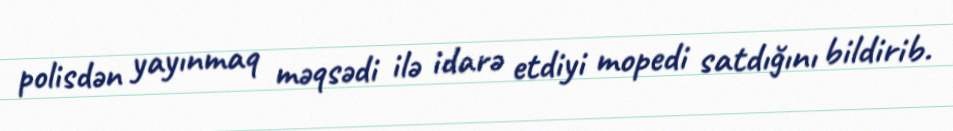
polisdən yayınmaq məqsədi ilə idarə etdiyi mopedi satdığını bildirib.